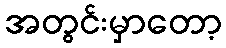
အတွင်းမှာတော့